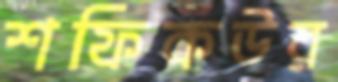
শফিকউর